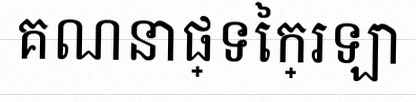
គណនាផ្ទៃក្រឡា